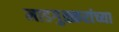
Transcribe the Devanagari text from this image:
माडगुळ्करांच्या